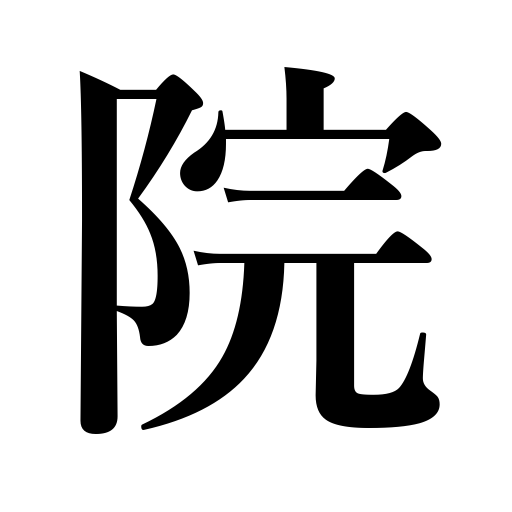
Meanings: temple,school,hospital,congress,institution,ex-emperor,mansion,palace